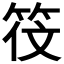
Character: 𬔻